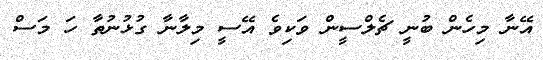
އޭނާ މިހެން ބުނީ ޗެލްސީން ވަކިވެ އޭސީ މިލާނާ ގުޅުނުތާ ހަ މަސް